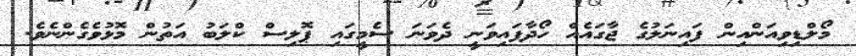
މޯލްޑިވިއަންއިން ފައިނަލުގެ ޖާގައެއް ހޯދާފައިވަނީ ދެވަނަ ސެމީގައި ޕޮލިސް ކްލަބު އަތުން މޮޅުވެގެންނެވެ.